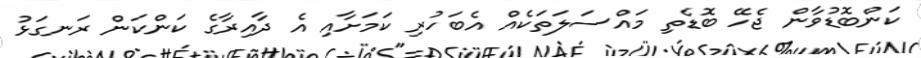
ކަންބޮޑުވާން ޖެހޭ ބޮޑެތި މައްސަލަތަކެއް އެބަހުރި ކަމަށާއި އެ ދާއިރާގެ ކަންކަން ރަނގަޅު